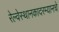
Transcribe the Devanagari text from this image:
रेल्वेस्थानकादरम्यानचे